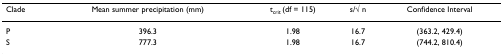
<table><thead><tr><td><b>Clade</b></td><td><b>Mean summer precipitation (mm)</b></td><td><b>t<sub>crit </sub>(df = 115)</b></td><td><b>s/√ n</b></td><td><b>Confidence Interval</b></td></tr></thead><tbody><tr><td>P</td><td>396.3</td><td>1.98</td><td>16.7</td><td>(363.2, 429.4)</td></tr><tr><td>S</td><td>777.3</td><td>1.98</td><td>16.7</td><td>(744.2, 810.4)</td></tr></tbody></table>